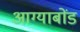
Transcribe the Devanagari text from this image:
आग्याबोंड